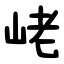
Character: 峔